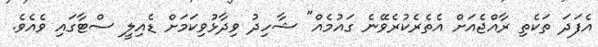
އެފަދަ ތަކެތި ރާއްޖެއަށް އެތެރެކުރެވޭނެ ގައުމެއް" ޝާހިދު ވިދާޅުވިކަމަށް ޑެއިލީ ސްޓާގައި ވެއެވެ.